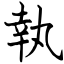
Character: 執